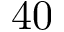
4 0